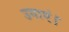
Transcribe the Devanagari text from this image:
उगाएं।